Report of the Indian Hemp Drugs Commission, 1894-1895 - Volume I
Year: 1894
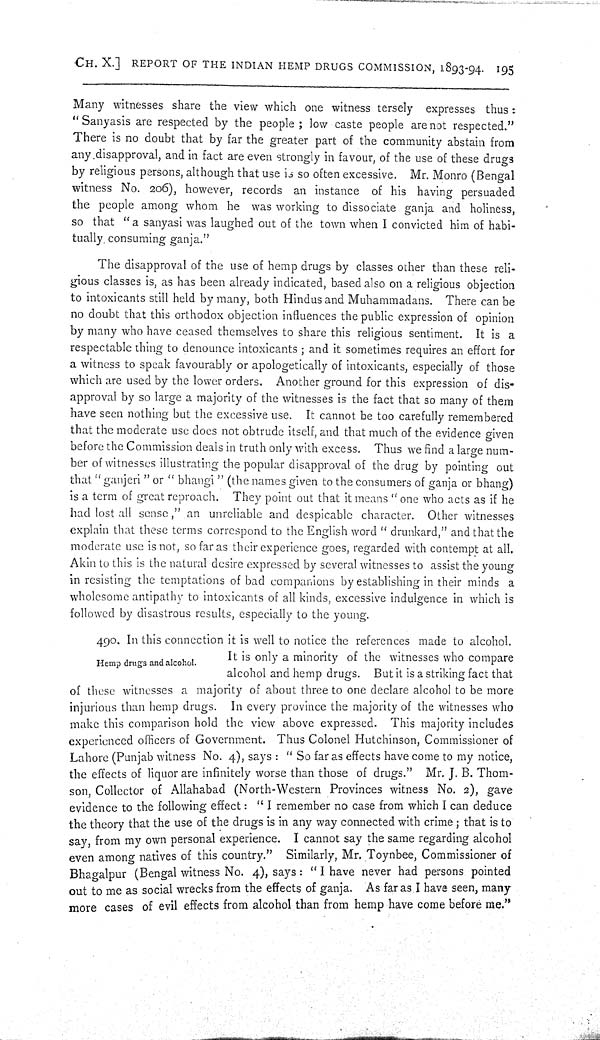
CH. X.] REPORT OF THE INDIAN HEMP DRUGS COMMISSION, 1893-94. 195
Many witnesses share the view which one witness tersely expresses thus:
"Sanyasis are respected by the people; low caste people are not respected."
There is no doubt that by far the greater part of the community abstain from
any disapproval, and in fact are even strongly in favour, of the use of these drugs
by religious persons, although that use is so often excessive. Mr. Monro (Bengal
witness No. 206), however, records an instance of his having persuaded
the people among whom he was working to dissociate ganja and holiness,
so that "a sanyasi was laughed out of the town when I convicted him of habi-
tually consuming ganja."
The disapproval of the use of hemp drugs by classes other than these reli-
gious classes is, as has been already indicated, based also on a religious objection
to intoxicants still held by many, both Hindus and Muhammadans. There can be
no doubt that this orthodox objection influences the public expression of opinion
by many who have ceased themselves to share this religious sentiment. It is a
respectable thing to denounce intoxicants; and it sometimes requires an effort for
a witness to speak favourably or apologetically of intoxicants, especially of those
which are used by the lower orders. Another ground for this expression of dis-
approval by so large a majority of the witnesses is the fact that so many of them
have seen nothing but the excessive use. It cannot be too carefully remembered
that the moderate use does not obtrude itself, and that much of the evidence given
before the Commission deals in truth only with excess. Thus we find a large num-
ber of witnesses illustrating the popular disapproval of the drug by pointing out
that "ganjeri" or "bhangi" (the names given to the consumers of ganja or bhang)
is a term of great reproach. They point out that it means "one who acts as if he
had lost all sense," an unreliable and despicable character. Other witnesses
explain that these terms correspond to the English word "drunkard," and that the
moderate use is not, so far as their experience goes, regarded with contempt at all.
Akin to this is the natural desire expressed by several witnesses to assist the young
in resisting the temptations of bad companions by establishing in their minds a
wholesome antipathy to intoxicants of all kinds, excessive indulgence in which is
followed by disastrous results, especially to the young.
Hemp drugs and alcohol.
490. In this connection it is well to notice the references made to alcohol.
It is only a minority of the witnesses who compare
alcohol and hemp drugs. But it is a striking fact that
of these witnesses a majority of about three to one declare alcohol to be more
injurious than hemp drugs. In every province the majority of the witnesses who
make this comparison hold the view above expressed. This majority includes
experienced officers of Government. Thus Colonel Hutchinson, Commissioner of
Lahore (Punjab witness No. 4), says: "So far as effects have come to my notice,
the effects of liquor are infinitely worse than those of drugs." Mr. J. B. Thom-
son, Collector of Allahabad (North-Western Provinces witness No. 2), gave
evidence to the following effect: "I remember no case from which I can deduce
the theory that the use of the drugs is in any way connected with crime; that is to
say, from my own personal experience. I cannot say the same regarding alcohol
even among natives of this country." Similarly, Mr. Toynbee, Commissioner of
Bhagalpur (Bengal witness No. 4), says: "I have never had persons pointed
out to me as social wrecks from the effects of ganja. As far as I have seen, many
more cases of evil effects from alcohol than from hemp have come before me."